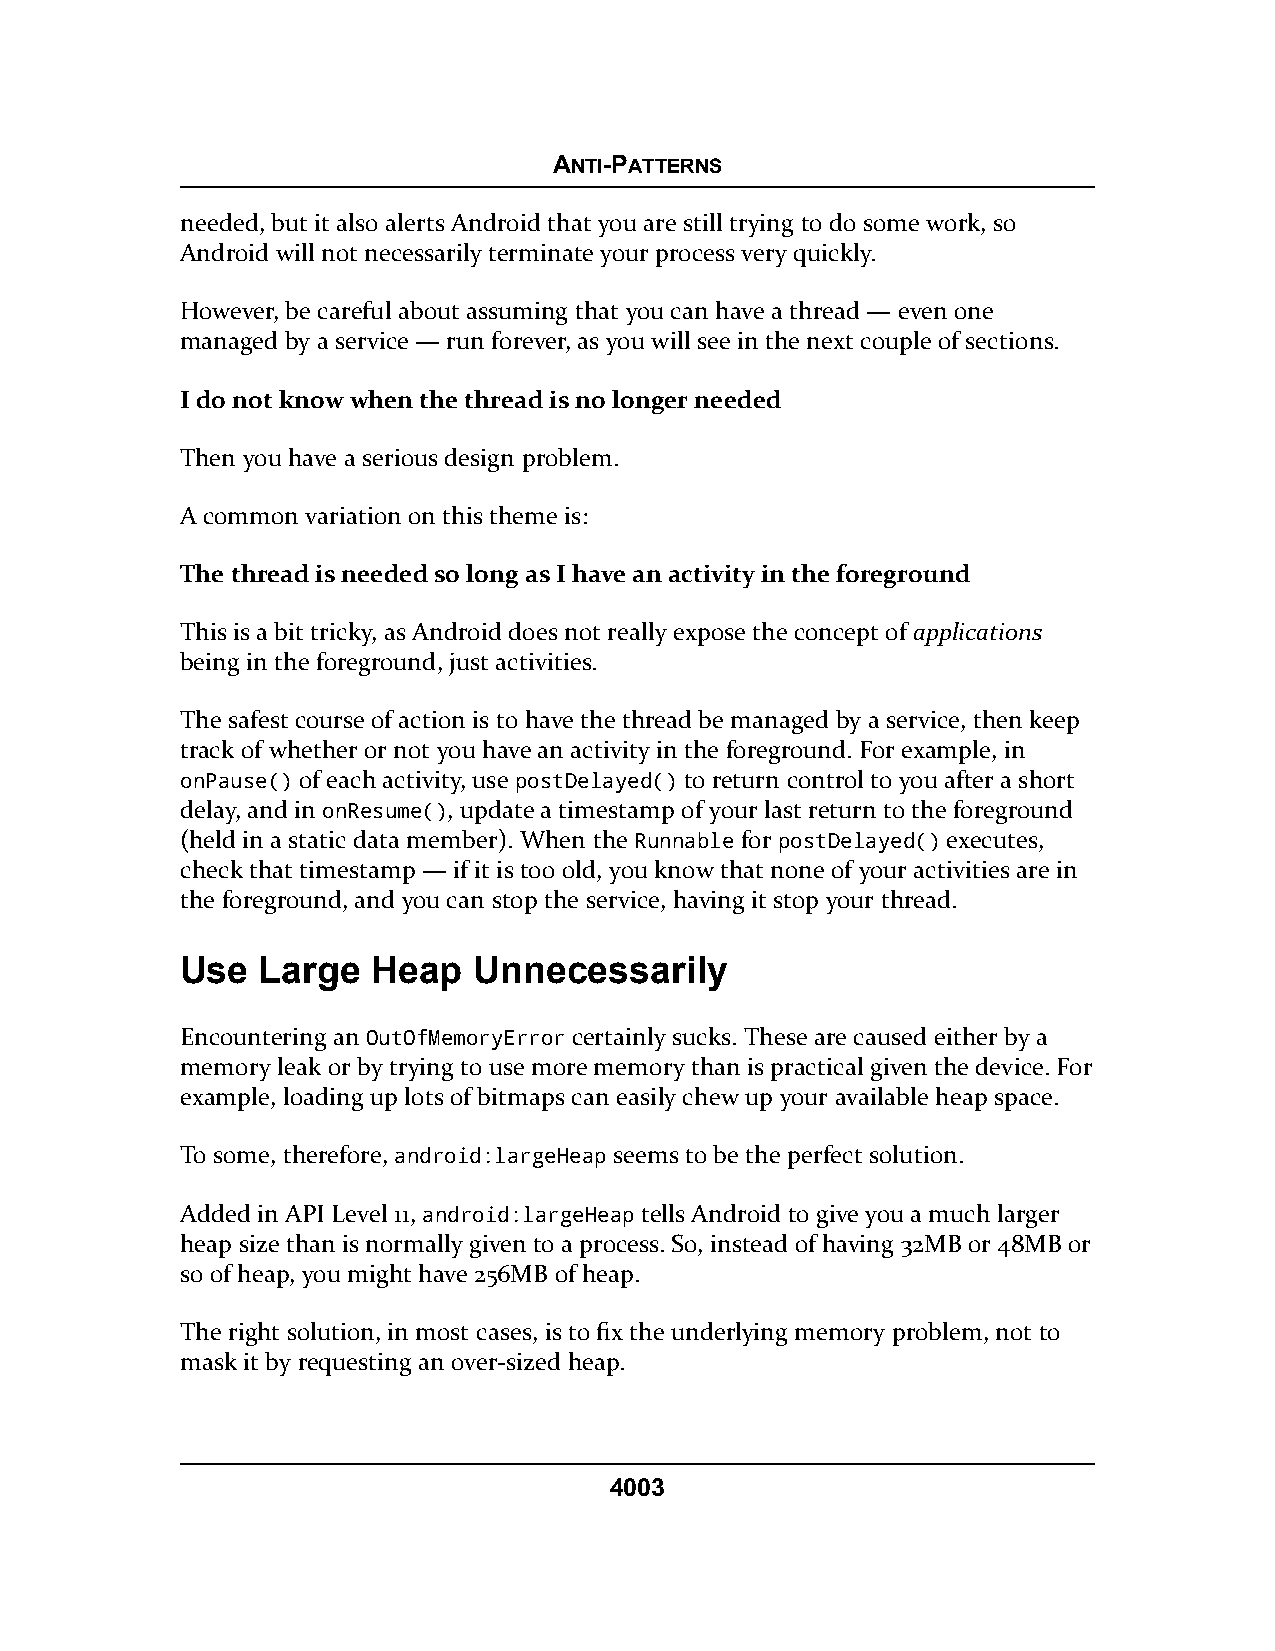
ANTI-PATTERNS
 needed, but it also alerts Android that you are still trying to do some work, so
 Android will not necessarily terminate your process very quickly.
 However, be careful about assuming that you can have a thread — even one
 managed by a service — run forever, as you will see in the next couple of sections.
 I do not know when the thread is no longer needed
 Then you have a serious design problem.
 A common variation on this theme is:
 The thread is needed so long as I have an activity in the foreground
 This is a bit tricky, as Android does not really expose the concept of applications
 being in the foreground, just activities.
 The safest course of action is to have the thread be managed by a service, then keep
 track of whether or not you have an activity in the foreground. For example, in
 onPause() of each activity, use postDelayed() to return control to you after a short
 delay, and in onResume(), update a timestamp of your last return to the foreground
 (held in a static data member). When the Runnable for postDelayed() executes,
 check that timestamp — if it is too old, you know that none of your activities are in
 the foreground, and you can stop the service, having it stop your thread.
 Use  Large   Heap  Unnecessarily
 Encountering an OutOfMemoryError certainly sucks. These are caused either by a
 memory leak or by trying to use more memory than is practical given the device. For
 example, loading up lots of bitmaps can easily chew up your available heap space.
 To some, therefore, android:largeHeap seems to be the perfect solution.
 Added in API Level 11, android:largeHeap tells Android to give you a much larger
 heap size than is normally given to a process. So, instead of having 32MB or 48MB or
 so of heap, you might have 256MB of heap.
 The right solution, in most cases, is to fix the underlying memory problem, not to
 mask it by requesting an over-sized heap.
 4003